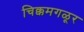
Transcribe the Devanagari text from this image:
चिक्कमगळूर